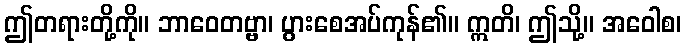
ဤတရားတို့ကို။ ဘာဝေတဗ္ဗာ၊ ပွားစေအပ်ကုန်၏။ ဣတိ၊ ဤသို့။ အဝေါစ၊